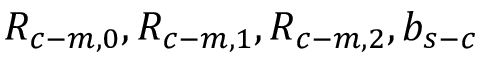
R _ { c - m , 0 } , R _ { c - m , 1 } , R _ { c - m , 2 } , b _ { s - c }